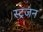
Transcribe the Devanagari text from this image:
स्ट्रजन